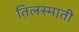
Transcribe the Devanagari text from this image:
तिलस्माती